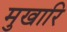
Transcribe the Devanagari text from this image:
मुखारि